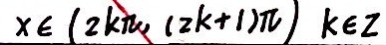
x \in ( 2 k \pi , ( 2 k + 1 ) \pi ) k \in z